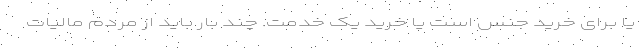
یا برای خرید جنس است یا خرید یک خدمت. چند بار باید از مردم مالیات